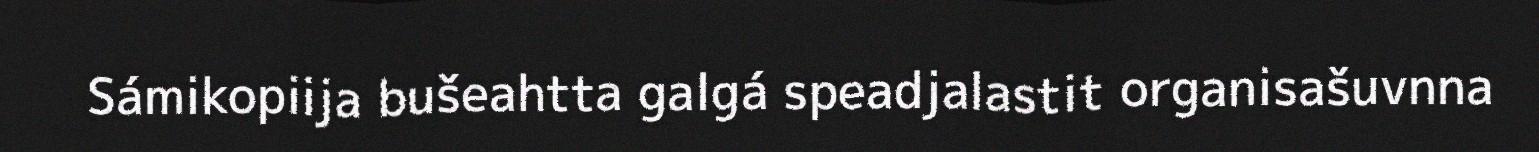
Sámikopiija bušeahtta galgá speadjalastit organisašuvnna